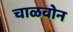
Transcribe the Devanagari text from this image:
चाळवोन